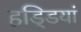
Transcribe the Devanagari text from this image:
हडि्डयां